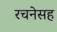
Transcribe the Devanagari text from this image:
रचनेसह